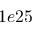
1 e 2 5